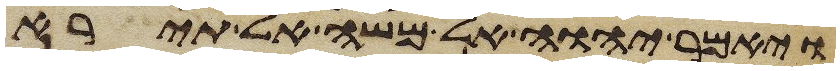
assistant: ויאמר יהוה אל משה אל תירא